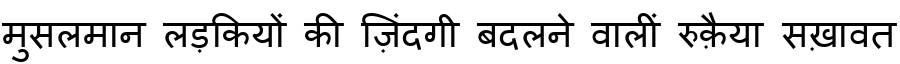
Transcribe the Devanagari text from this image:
मुसलमान लड़कियों की ज़िंदगी बदलने वालीं रुक़ैया सख़ावत